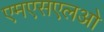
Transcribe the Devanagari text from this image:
एमएसएलओ